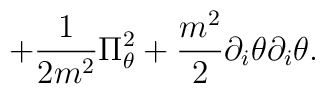
+{1\over {2m^2}}\Pi _\theta ^2 +{{m^2}\over 2}\partial _i\theta \partial _i\theta .